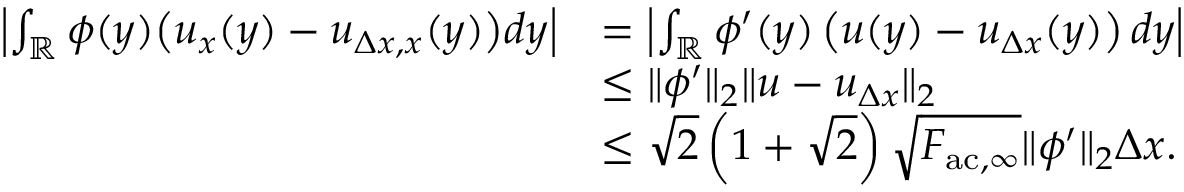
\begin{array} { r l } { \left| \int _ { \mathbb { R } } \phi ( y ) \big ( u _ { x } ( y ) - u _ { \Delta x , x } ( y ) \big ) d y \right| } & { = \left| \int _ { \mathbb { R } } \phi ^ { \prime } ( y ) \left( u ( y ) - u _ { \Delta x } ( y ) \right) d y \right| } \\ & { \leq \| \phi ^ { \prime } \| _ { 2 } \| u - u _ { \Delta x } \| _ { 2 } } \\ & { \leq \sqrt { 2 } \left( 1 + \sqrt { 2 } \right) \sqrt { F _ { \mathrm { a c } , \infty } } \| \phi ^ { \prime } \| _ { 2 } \Delta x . } \end{array}